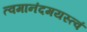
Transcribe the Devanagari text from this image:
त्वमानंदमयस्त्वं